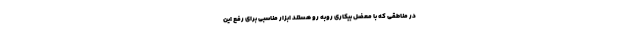
در مناطقی که با معضل بیکاری روبه رو هستند ابزار مناسبی برای رفع این